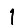
Digit: 1